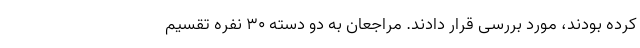
کرده بودند، مورد بررسی قرار دادند. مراجعان به دو دسته ۳۰ نفره تقسیم